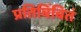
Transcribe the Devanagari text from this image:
प्रतिबिंबितं